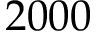
2 0 0 0